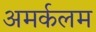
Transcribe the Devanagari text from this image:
अमर्कलम